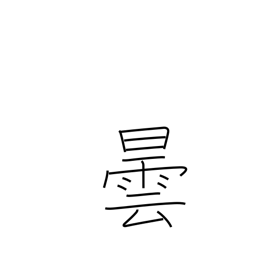
Meaning: cloud up